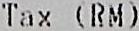
TAX (RM)